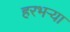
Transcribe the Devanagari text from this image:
हरभऱ्या